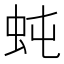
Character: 𧉙